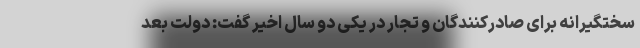
سختگیرانه برای صادرکنندگان و تجار در یکی دو سال اخیر گفت: دولت بعد